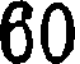
60